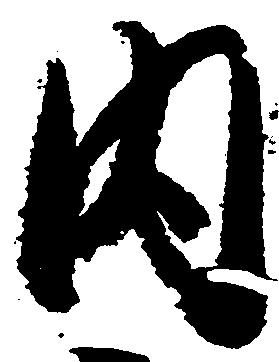
内